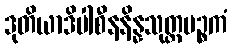
ဒုတိယာဒိပါစီနနိန္နသုတ္တပဉ္စကံ